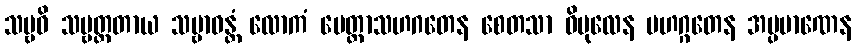
သဗ္ဗဓိ သဗ္ဗတ္တတာယ သဗ္ဗာဝန္တံ လောကံ မေတ္တာသဟဂတေန စေတသာ ဝိပုလေန မဟဂ္ဂတေန အပ္ပမာဏေန